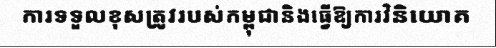
ការទទួលខុសត្រូវរបស់កម្ពុជានិងធ្វើឱ្យការវិនិយោគ